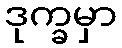
ဒုက္ခမှာ